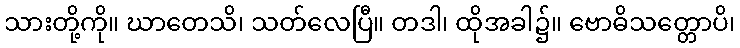
သားတို့ကို။ ဃာတေသိ၊ သတ်လေပြီ။ တဒါ၊ ထိုအခါ၌။ ဗောဓိသတ္တောပိ၊